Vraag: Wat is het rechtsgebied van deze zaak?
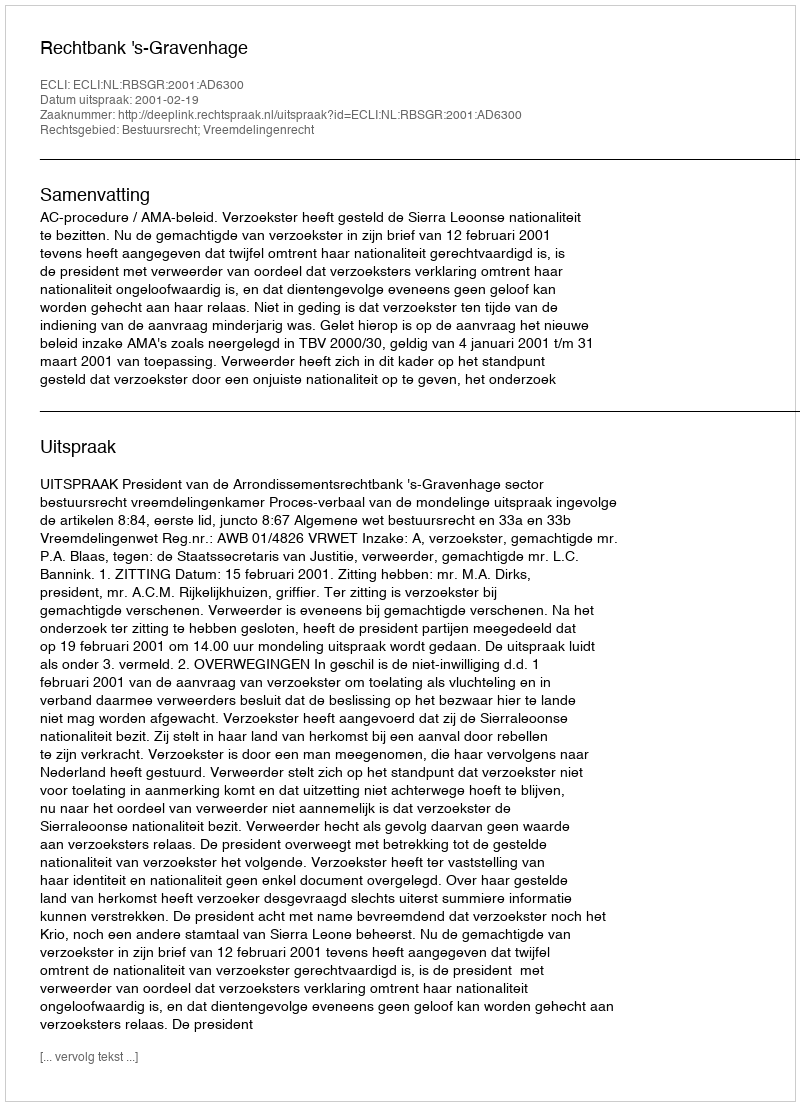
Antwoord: Bestuursrecht; Vreemdelingenrecht